Indian journal of veterinary science and animal husbandry - Volume 9,
Year: 1939
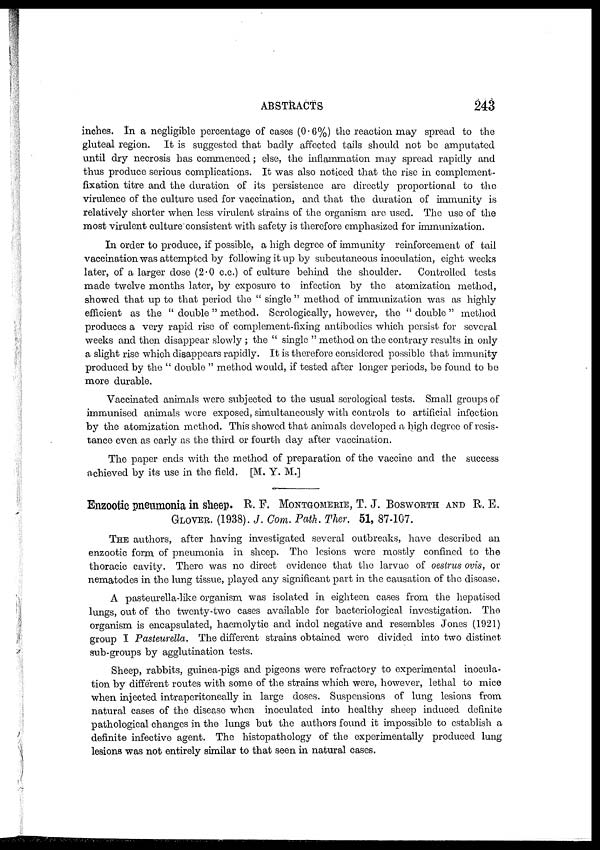
ABSTRACTS
243
inches. In a negligible percentage of cases (0.6%) the reaction may spread to the
gluteal region. It is suggested that badly affected tails should not be amputated
until dry necrosis has commenced; else, the inflammation may spread rapidly and
thus produce serious complications. It was also noticed that the rise in complement-
fixation titre and the duration of its persistence are directly proportional to the
virulence of the culture used for vaccination, and that the duration of immunity is
relatively shorter when less virulent strains of the organism are used. The use of the
most virulent culture consistent with safety is therefore emphasized for immunization.
In order to produce, if possible, a high degree of immunity reinforcement of tail
vaccination was attempted by following it up by subcutaneous inoculation, eight weeks
later, of a larger dose (2.0 c.c.) of culture behind the shoulder.
Controlled tests
made twelve months later, by exposure to infection by the atomization method,
showed that up to that period the " single " method of immunization was as highly
efficient as the " double " method. Serologically, however, the " double " method
produces a very rapid rise of complement-fixing antibodies which persist for several
weeks and then disappear slowly ; the " single " method on the contrary results in only
a slight rise which disappears rapidly. It is therefore considered possible that immunity
produced by the " double " method would, if tested after longer periods, be found to be
more durable.
Vaccinated animals were subjected to the usual serological tests. Small groups of
immunised animals were exposed, simultaneously with controls to artificial infection
by the atomization method. This showed that animals developed a high degree of resis-
tance even as early as the third or fourth day after vaccination.
The paper ends with, the method of preparation of the vaccine and the success
achieved by its use in the field. [M. Y. M.]
Enzootic pneumonia in sheep. R. F. MONTGOMERIE, T. J. BOSWORTH AND R. E.
GLOVER. (1938). J. Com. Path. Ther. 51, 87-107.
THE authors, after having investigated several outbreaks, have described an
enzootic form of pneumonia in sheep. The lesions were mostly confined to the
thoracic cavity. There was no direct evidence that the larvae of oestrus ovis, or
nematodes in the lung tissue, played any significant part in the causation of the disease.
A pasteurella-like organism was isolated in eighteen cases from the hepatised
lungs, out of the twenty-two cases available for bacteriological investigation. The
organism is encapsulated, haemolytic and indol negative and resembles Jones (1921)
group I Pasteurella. The different strains obtained were divided into two distinct
sub-groups by agglutination tests.
Sheep, rabbits, guinea-pigs and pigeons were refractory to experimental inocula-
tion by different routes with some of the strains which were, however, lethal to mice
when injected intraperitoneally in large doses. Suspensions of lung lesions from
natural cases of the disease when inoculated into healthy sheep induced definite
pathological changes in the lungs but the authors found it impossible to establish a
definite infective agent. The histopathology of the experimentally produced lung
lesions was not entirely similar to that seen in natural cases.